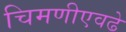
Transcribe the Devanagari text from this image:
चिमणीएवढे